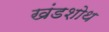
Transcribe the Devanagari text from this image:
खंडशोथ